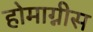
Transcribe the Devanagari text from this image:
होमाग्नीस